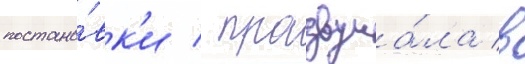
постано́вк'и / прозвуча́ла в